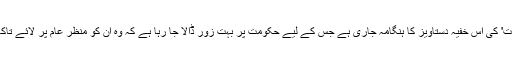
اس کا واضح اشارہ سعودی عرب پر ہے، جس کے لیے '28 صفحات' کی اس خفیہ دستاویز کا ہنگامہ جاری ہے جس کے لیے حکومت پر بہت زور ڈالا جا رہا ہے کہ وہ ان کو منظر عام پر لائے تاکہ معلوم ہو سکے کہ 'نائن الیون' میں سعودی عرب کا کیا کردار تھا۔